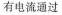
有电流通过